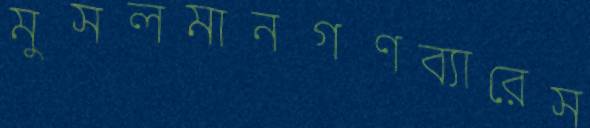
মুসলমানগণব্যারেস